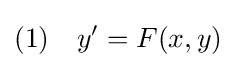
(1)\quad y'=F(x,y)